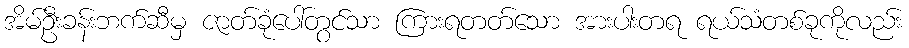
အိမ်ဦးခန်းဘက်ဆီမှ ဇာတ်ခုံပေါ်တွင်သာ ကြားရတတ်သော အားပါးတရ ရယ်သံတစ်ခုကိုလည်း